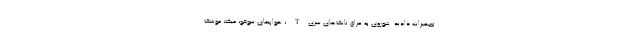
تجهیزات دادند. شوروی به عراق تانک‌های سریT، هواپیمای سوخو، میگ، موشک